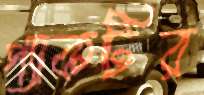
প্যাকটির